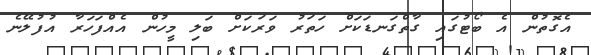
އެގޮތުން އެ ބޯޓުގައި ގާތްގަނޑަކަށް ހަތަރު ވަރަކަށް ބަލި މީހުން އެއްފަހަރާ އުފުލޭނެ